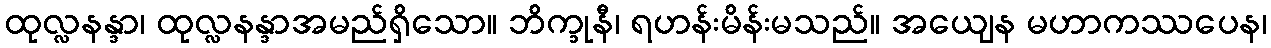
ထုလ္လနန္ဒာ၊ ထုလ္လနန္ဒာအမည်ရှိသော။ ဘိက္ခုနီ၊ ရဟန်းမိန်းမသည်။ အယျေန မဟာကဿပေန၊